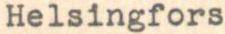
Helsingfors